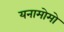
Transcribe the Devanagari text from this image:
यनामोमो